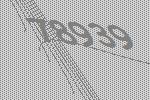
78939